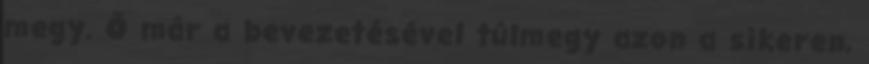
megy. Ő már a bevezetésével túlmegy azon a sikeren,